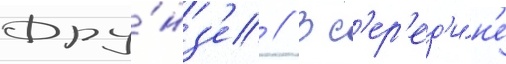
Фру́нз'е // В с'ер'ед'и́н'е